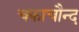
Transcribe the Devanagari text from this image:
चकाचौन्द